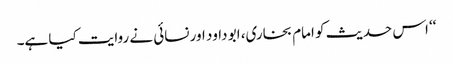
‘‘ اس حدیث کو امام بخاری، ابو داود اور نسائی نے روایت کیا ہے۔